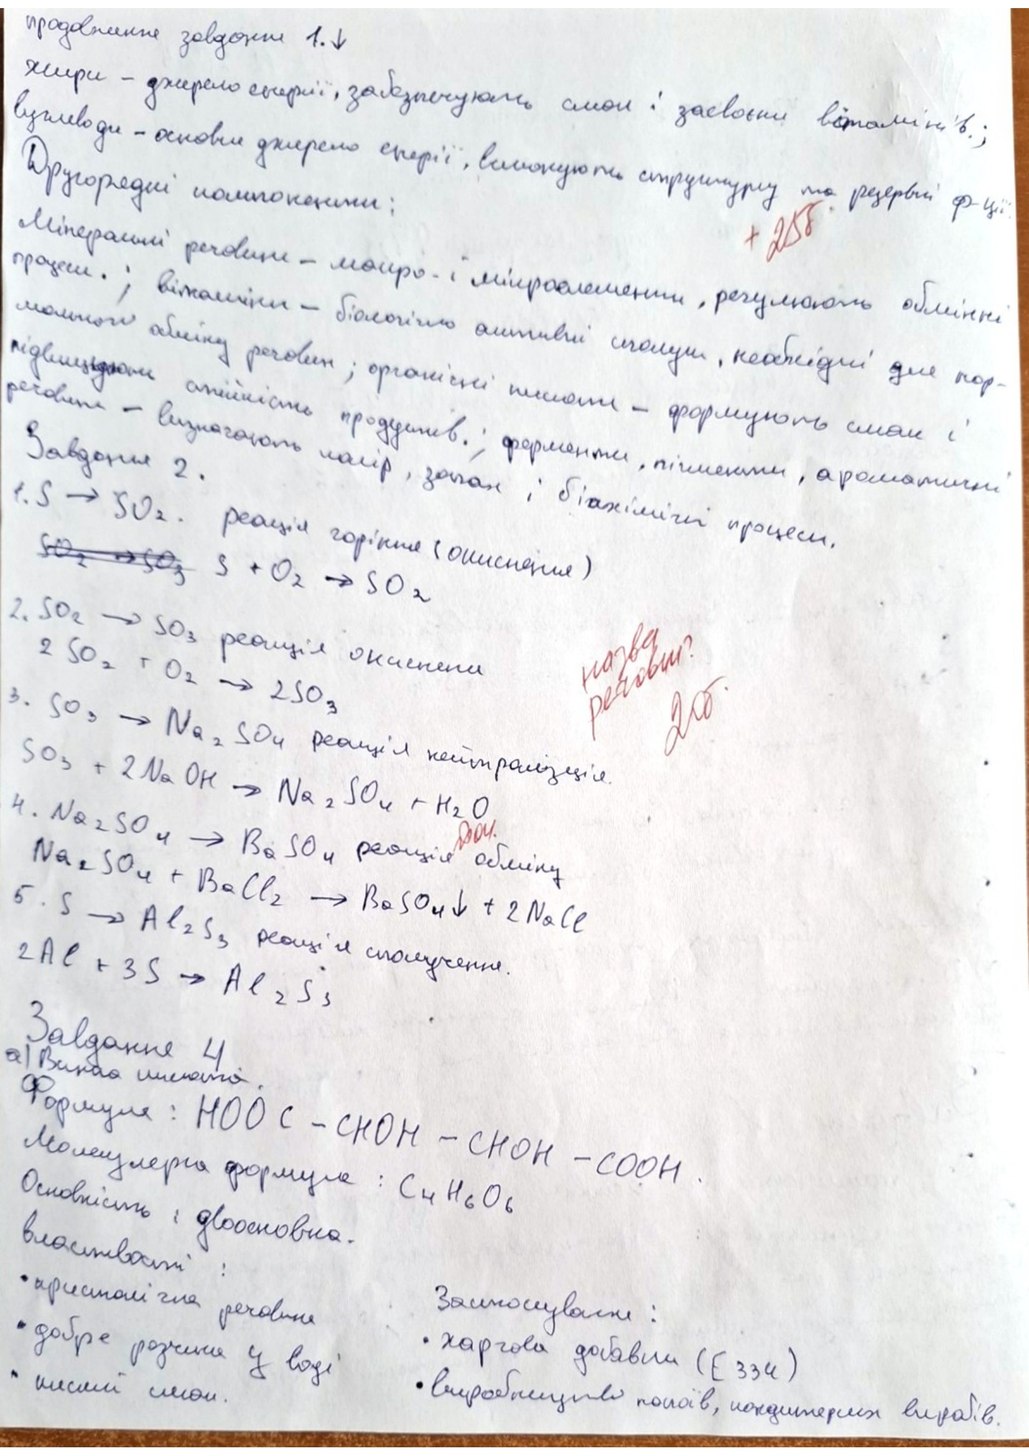
продовження завдання 1. ↓
жири - джерело енергії, забезпечують смак і засвоєння вітамінів;
вуглеводи - основне джерело енергії, виконують структуру та резервні ф-ції
Другорядні компоненти:
Мінеральні речовини - макро- і мікроелементи, регулюють обмінні
процеси.; вітаміни - біологічно активні сполуки, необхідні для нор-
мального обміну речовин; органічні кислоти - формують смак і
+25б
підвищують стійкість продуктів.; ферменти, пігменти, ароматичні
речовини - визначають колір, запах і біохімічні процеси.
Завдання 2.
1. S → SO2. реакція горіння (окиснення)
~~SO_2 \to SO_3~~  S + O_2 \to SO_2
2. SO_2 \to SO_3 реакція окиснення
2. SO₂ + O₂ → 2SO₃
назва реакції? 2б
3. SO_3 \to Na_2SO_4 реакція нейтралізації
SO₃ + 2 NaOH → Na₂SO₄ + H₂O
Na_2SO_4 \to BaSO_4 реакція обміну
Na_2SO_4 + BaCl_2 \to BaSO_4 \downarrow + 2NaCl
20 04.
5. S → Al₂S₃ реакція сполучння
2Al + 3S \to Al_2S_3
Задание 4
Формула: HOOC-CHOH-CHOH-COOH
a) [illegible]
Молекулярна формула: C₄H₆O₆
Основність i  двоосновна.
властивості :
• кристалічна речовина
Застосування:
• добре розчина у воді
• харчова добавки (E 334)
• виробництво напоїв, кондитерських виробів
• кислий слои